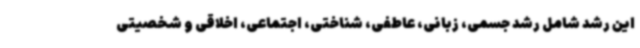
این رشد شامل رشد جسمی، زبانی، عاطفی، شناختی، اجتماعی، اخلاقی و شخصیتی